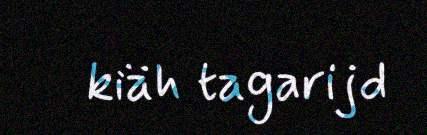
kiäh tagarijd